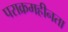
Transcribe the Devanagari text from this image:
पराक्रमहीनता